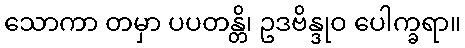
သောကာ တမှာ ပပတန္တိ၊ ဥဒဗိန္ဒုဝ ပေါက္ခရာ။